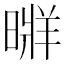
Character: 𣉚